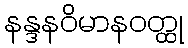
နန္ဒနဝိမာနဝတ္ထု